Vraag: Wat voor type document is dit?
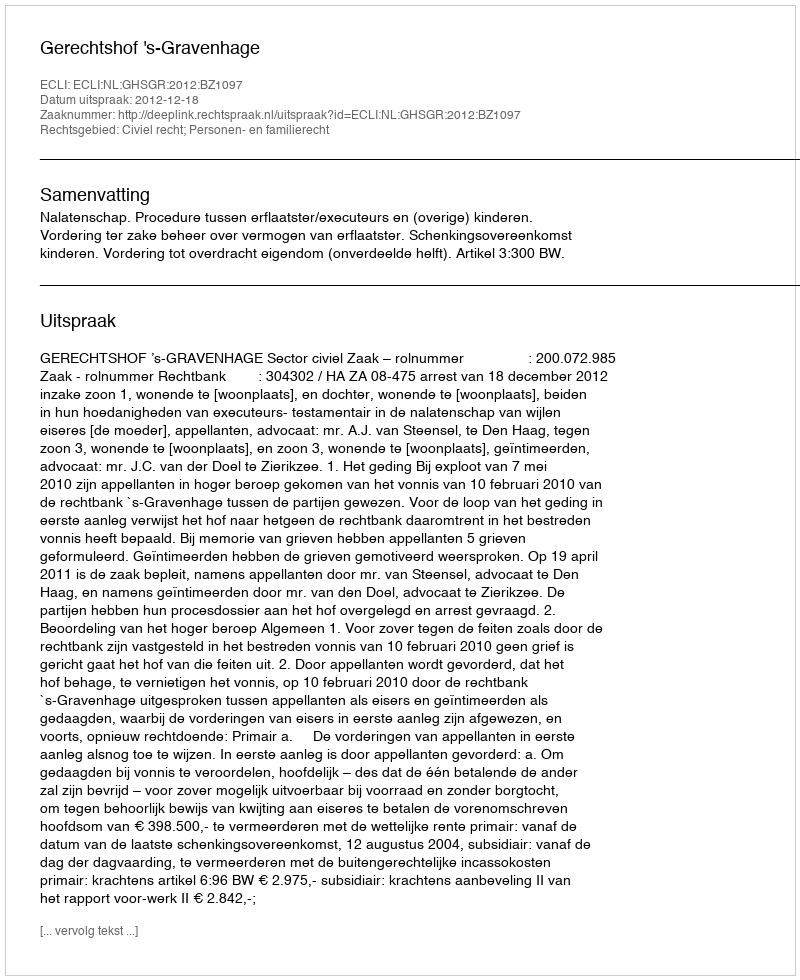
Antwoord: Uitspraak